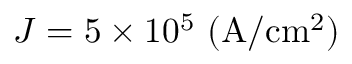
J = 5 \times 1 0 ^ { 5 } ~ \mathrm { ( A / c m ^ { 2 } ) }